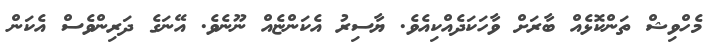
މެހްވިޝް ތަންކޮޅެއް ބާރަށް ވާހަކަދެއްކިއެވެ. ޔާސިރު އެކަންޏެއް ނޫނެވެ. އޭނަގެ ދަރިންވެސް އެކަން